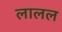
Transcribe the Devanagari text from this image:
लालल